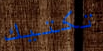
تكتيك